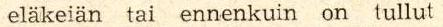
eläkeiän tai ennenkuin on tullut